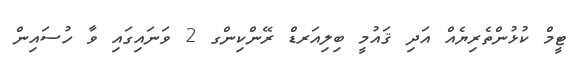
ޓީމް ކުޅުންތެރިޔެއް އަދި ޤައުމީ ބިލިއަރޑް ރޭންކިންގ 2 ވަނައިގައި ވާ ހުސައިން